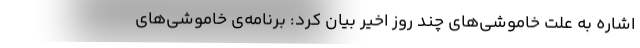
اشاره به علت خاموشی‌های چند روز اخیر بیان کرد: برنامه‌ی خاموشی‌های